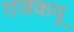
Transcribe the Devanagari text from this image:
राजकपू